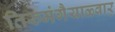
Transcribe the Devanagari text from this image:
तिरुमंगैयाळ्वार्